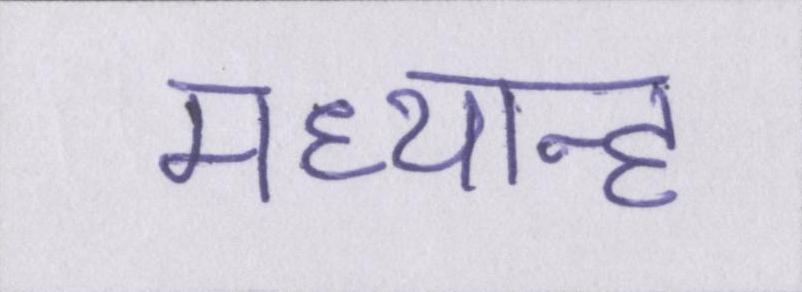
मध्यान्ह